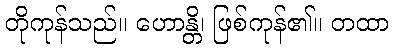
တိုကုန်သည်။ ဟောန္တိ၊ ဖြစ်ကုန်၏။ တထာ